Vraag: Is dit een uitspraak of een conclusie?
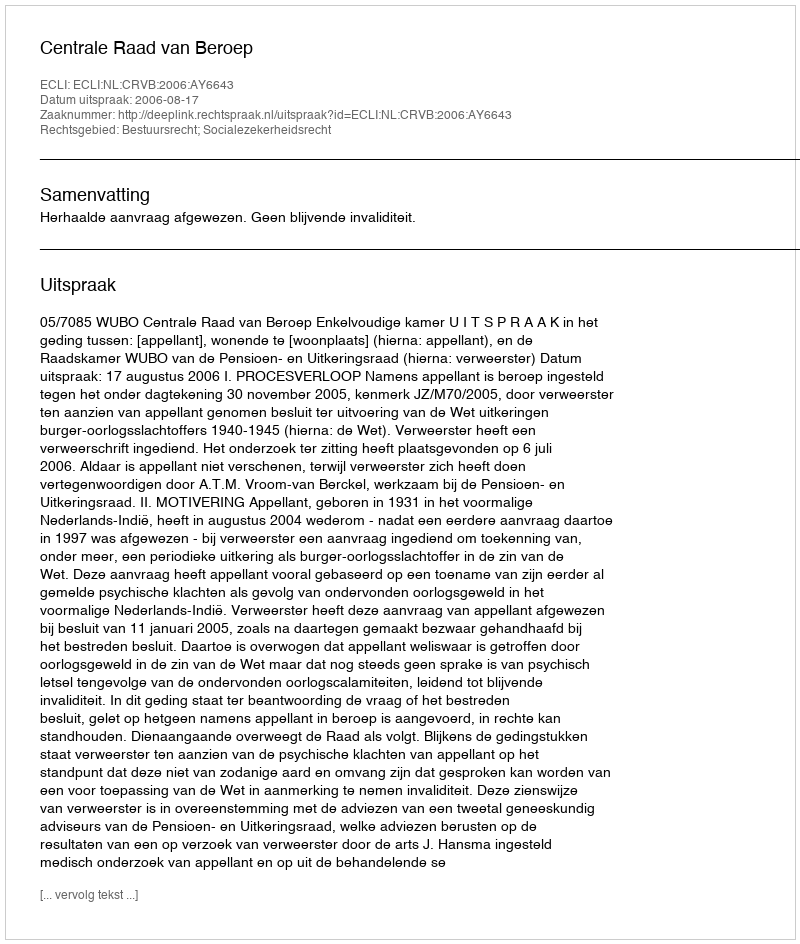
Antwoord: Uitspraak